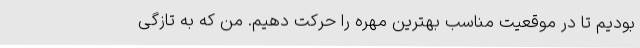
بودیم تا در موقعیت مناسب بهترین مهره را حرکت دهیم. من که به تازگی